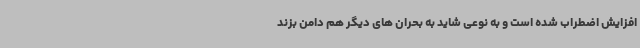
افزایش اضطراب شده است و به نوعی شاید به بحران های دیگر هم دامن بزند